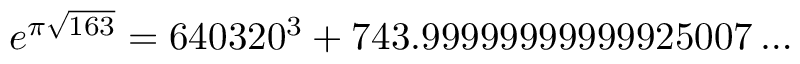
e ^ { \pi { \sqrt { 1 6 3 } } } = 6 4 0 3 2 0 ^ { 3 } + 7 4 3 . 9 9 9 9 9 9 9 9 9 9 9 9 2 5 0 0 7 \dots